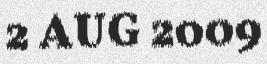
2 AUG 2009